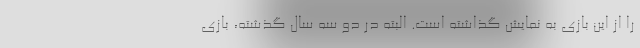
را از این بازی به نمایش گذاشته است. البته در دو سه سال گذشته، بازی